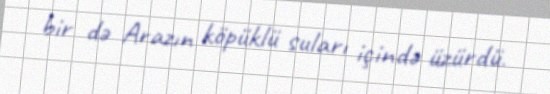
bir də Arazın köpüklü suları içində üzürdü.